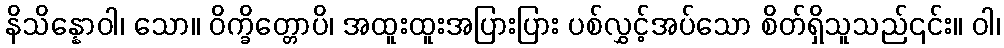
နိသိန္နောဝါ၊ သော။ ဝိက္ခိတ္တောပိ၊ အထူးထူးအပြားပြား ပစ်လွှင့်အပ်သော စိတ်ရှိသူသည်၎င်း။ ဝါ၊